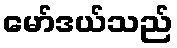
မော်ဒယ်သည်